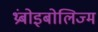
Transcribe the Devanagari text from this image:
थ्रंबोइबोलिज्म